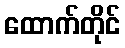
ထောက်တိုင်